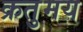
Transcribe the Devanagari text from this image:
क्रतुमय